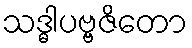
သဒ္ဓါပဗ္ဗဇိတော